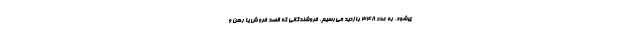
ی‌شود، به عدد ۳۴۸ بازدید می‌رسیم. فروشندگانی که قصد فروش یا رهن و